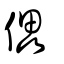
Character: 儡